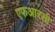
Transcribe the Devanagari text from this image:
एफआरसी